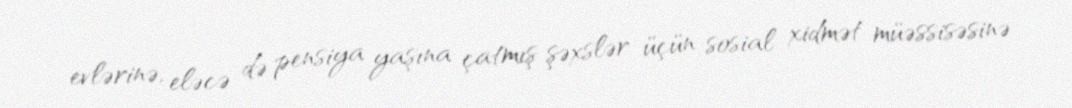
evlərinə, eləcə də pensiya yaşına çatmış şəxslər üçün sosial xidmət müəssisəsinə